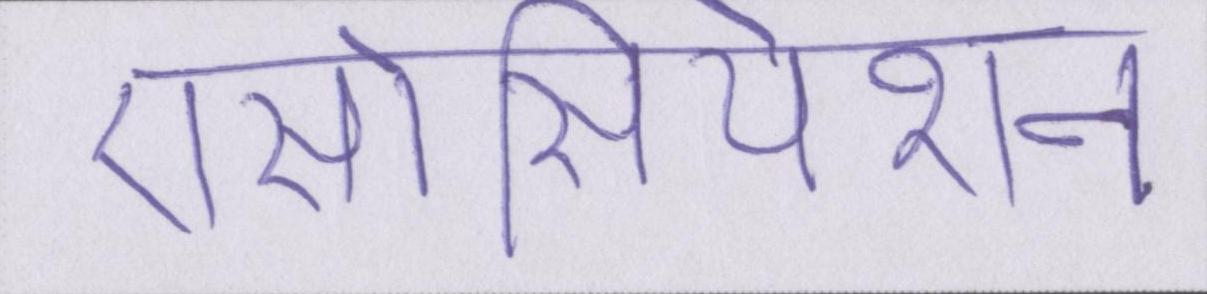
एसोसियेशन